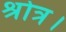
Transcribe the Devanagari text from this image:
श्रोत्र।